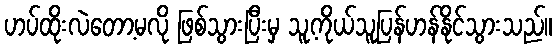
ဟပ်ထိုးလဲတော့မလို ဖြစ်သွားပြီးမှ သူ့ကိုယ်သူပြန်ဟန်နိုင်သွားသည်။